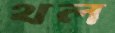
থল